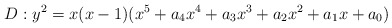
\begin{align*} D : y^2 = x(x-1)(x^5+a_4 x^4 + a_3 x^3 + a_2 x^2 + a_1 x + a_0)\end{align*}